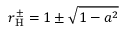
r _ { \mathrm { { H } } } ^ { \pm } = 1 \pm { \sqrt { 1 - a ^ { 2 } } }